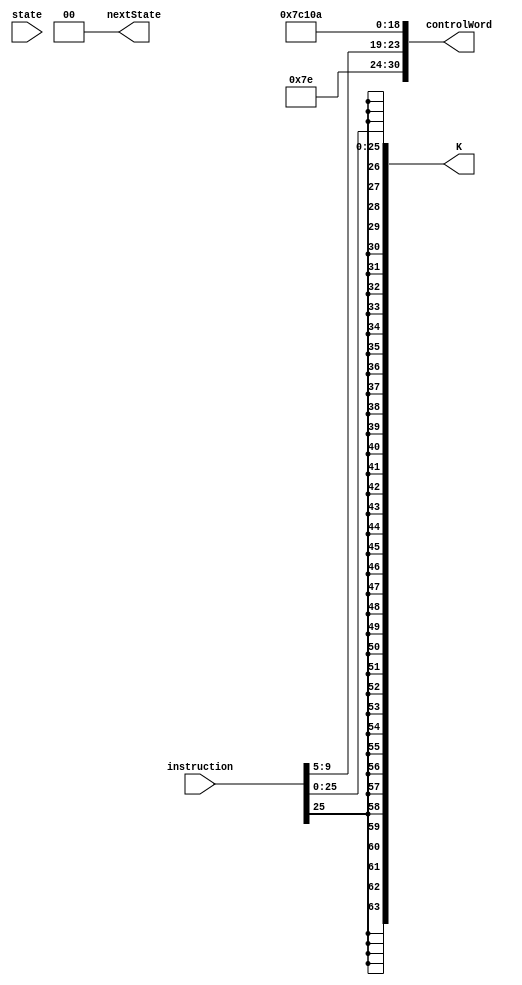
module BL(instruction, state, controlWord, nextState, K);
	input [31:0] instruction;
	input [1:0] state;
	
	output [30:0] controlWord;
	output [1:0] nextState;
	output [63:0] K;
	
	// SA = Rn, SB = Rm

	wire [1:0] Psel;
	wire [4:0] DA, SA, SB, Fsel;
	wire regW, ramW, Bsel, EN_MEM, EN_ALU, EN_B, EN_PC, PCsel, SL;
	
	assign Psel = 2'b11; //PC <- PC + 4 + in * 4
	assign DA = 5'b11110; //Save to register 30
	assign SA = instruction[9:5];
	assign SB = 5'b11111; //THIS IS A DON'T CARE
	assign Fsel = 5'b00000; //THIS IS A DON'T CARE | AND, do not invert A, do not invert B 
	assign regW = 1'b1; //Write to register
	assign ramW = 1'b0; // Do not write to RAM
	assign EN_MEM = 1'b0;
	assign EN_ALU = 1'b0;
	assign EN_B = 1'b0;
	assign EN_PC = 1'b1; // Enable the program counter
	assign Bsel = 1'b0; // Pass B to ALU
	assign PCsel = 1'b1; //Pass A to PC
	assign SL = 1'b0;
	
	assign K = {{38{instruction[25]}}, instruction[25:0]}; //THIS IS A DON'T CARE
		
	assign controlWord = {Psel, DA, SA, SB, Fsel, regW, ramW, EN_MEM, EN_ALU, EN_B, EN_PC, Bsel, PCsel, SL};
	
	assign nextState = 2'b00;
	
endmodule